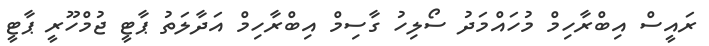
ރައީސް އިބްރާހިމް މުހައްމަދު ސޯލިހު ގާސިމް އިބްރާހިމް އަދާލަތު ޕާޓީ ޖުމްހޫރީ ޕާޓީ